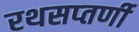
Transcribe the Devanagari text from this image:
रथसप्‍तर्णी